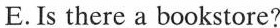
E.Is there a bookstore?